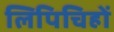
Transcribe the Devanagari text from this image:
लिपिचिहों